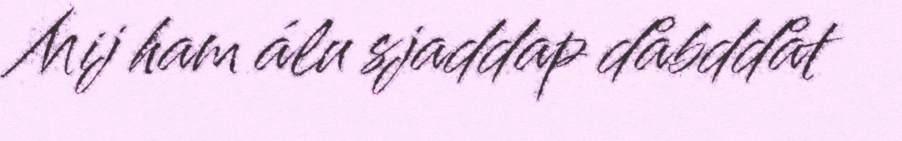
Mij ham álu sjaddap dåbddåt